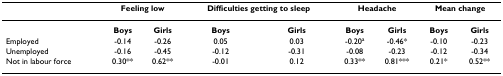
<table><thead><tr><td></td><td colspan="2"><b>Feeling low</b></td><td colspan="2"><b>Difficulties getting to sleep</b></td><td colspan="2"><b>Headache</b></td><td colspan="2"><b>Mean change</b></td></tr></thead><tbody><tr><td></td><td><b>Boys</b></td><td><b>Girls</b></td><td><b>Boys</b></td><td><b>Girls</b></td><td><b>Boys</b></td><td><b>Girls</b></td><td><b>Boys</b></td><td><b>Girls</b></td></tr><tr><td>Employed</td><td>-0.14</td><td>-0.26</td><td>0.05</td><td>0.03</td><td>-0.20<sup>a</sup></td><td>-0.46*</td><td>-0.10</td><td>-0.23</td></tr><tr><td>Unemployed</td><td>-0.16</td><td>-0.45</td><td>-0.12</td><td>-0.31</td><td>-0.08</td><td>-0.23</td><td>-0.12</td><td>-0.34</td></tr><tr><td>Not in labour force</td><td>0.30**</td><td>0.62**</td><td>-0.01</td><td>0.12</td><td>0.33**</td><td>0.81***</td><td>0.21*</td><td>0.52**</td></tr></tbody></table>